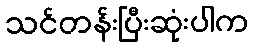
သင်တန်းပြီးဆုံးပါက